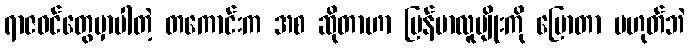
ရာဇဝင်တွေမှာပါတဲ့ တကောင်းက အစ ဆိုတာဟာ မြန်မာလူမျိုးကို ပြောတာ မဟုတ်ဘဲ